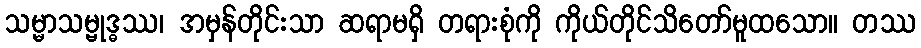
သမ္မာသမ္ဗုဒ္ဓဿ၊ အမှန်တိုင်းသာ ဆရာမရှိ တရားစုံကို ကိုယ်တိုင်သိတော်မူထသော။ တဿ